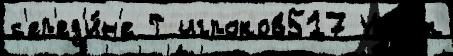
с'ер'ед'и́н'е Т игроков517 Уйчик